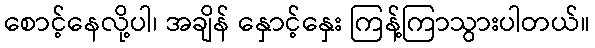
စောင့်နေလို့ပါ၊ အချိန် နှောင့်နှေး ကြန့်ကြာသွားပါတယ်။